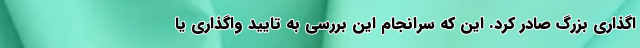
اگذاری بزرگ صادر کرد. این که سرانجام این بررسی به تایید واگذاری یا